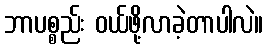
ဘာပစ္စည်း ဝယ်ဖို့လာခဲ့တာပါလဲ။